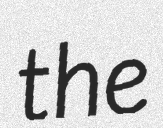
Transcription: the